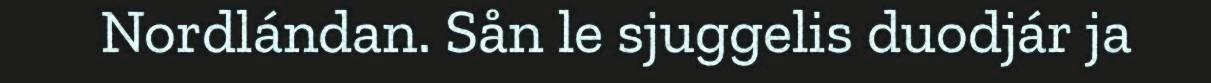
Nordlándan. Sån le sjuggelis duodjár ja